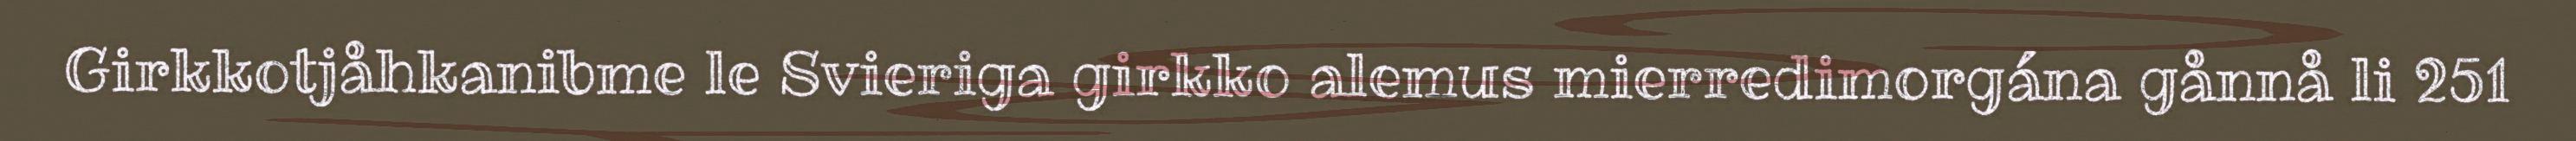
Girkkotjåhkanibme le Svieriga girkko alemus mierredimorgána gånnå li 251